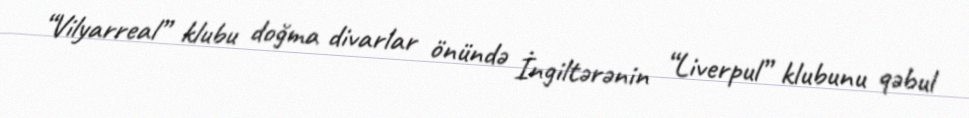
“Vilyarreal” klubu doğma divarlar önündə İngiltərənin “Liverpul” klubunu qəbul